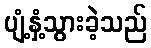
ပျံ့နှံ့သွားခဲ့သည်